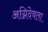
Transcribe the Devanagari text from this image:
अग्निदेवता